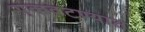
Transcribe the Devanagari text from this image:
एकवटण्यात